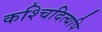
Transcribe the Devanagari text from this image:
कश्चिदित्यपि